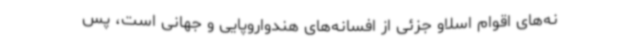
نه‌های اقوام اسلاو جزئی از افسانه‌های هندواروپایی و جهانی‌ است، پس